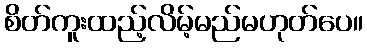
စိတ်ကူးထည့်လိမ့်မည်မဟုတ်ပေ။